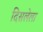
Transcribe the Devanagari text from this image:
दिसलेला